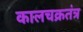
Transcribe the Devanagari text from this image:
कालचक्रतंत्र